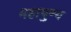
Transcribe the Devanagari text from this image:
महापुण्य